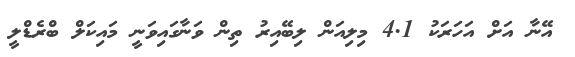
އޭނާ އަށް އަހަރަކު 4.1 މިލިއަން ލިބޭއިރު ތިން ވަނާގައިވަނީ މައިކަލް ބްރެޑްލީ